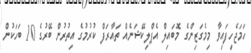
ހަމަޖެހިފައިވާ މިމެގަޒިންގެ މޮބައިލް އެޕްލިކޭޝަނެއް ތައާރަފް ކުރުމުގެ އިތުރުން ބޭރުގެ 10 ބަހަކުން